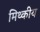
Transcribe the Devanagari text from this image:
मिथ्कीय